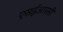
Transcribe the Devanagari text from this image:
एसईआरसी